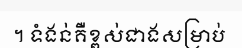
។ ទំងន់គឺខ្ពស់ជាងសម្រាប់